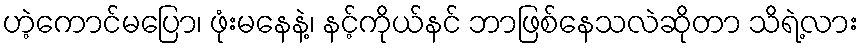
ဟဲ့ကောင်မပြော၊ ဖုံးမနေနဲ့၊ နင့်ကိုယ်နင် ဘာဖြစ်နေသလဲဆိုတာ သိရဲ့လား